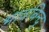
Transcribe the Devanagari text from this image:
भावबिन्दु